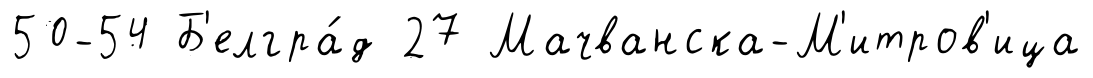
50-54 Б'елгра́д 27 Мачванска-М'итров'ица